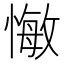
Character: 𢠨